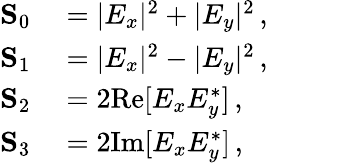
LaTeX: \begin{array}{rl}{\mathbf{S}_{0}}&{{}=|E_{x}|^{2}+|E_{y}|^{2}\, ,\phantom{ZZZZ}}\\ {\mathbf{S}_{1}}&{{}=|E_{x}|^{2}-|E_{y}|^{2}\, ,}\\ {\mathbf{S}_{2}}&{{}=2\mathrm{Re}[E_{x}E_{y}^{\ast}]\, ,}\\ {\mathbf{S}_{3}}&{{}=2\mathrm{Im}[E_{x}E_{y}^{\ast}]\, ,}\end{array}